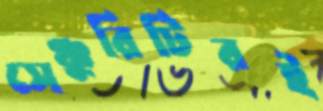
সেঞ্চুরিটিরই